Report on sanitation, dispensaries, and jails in Rajputana for 1914, and on vaccination for the year 1914-1915 - 1914-1915
Year: 1914
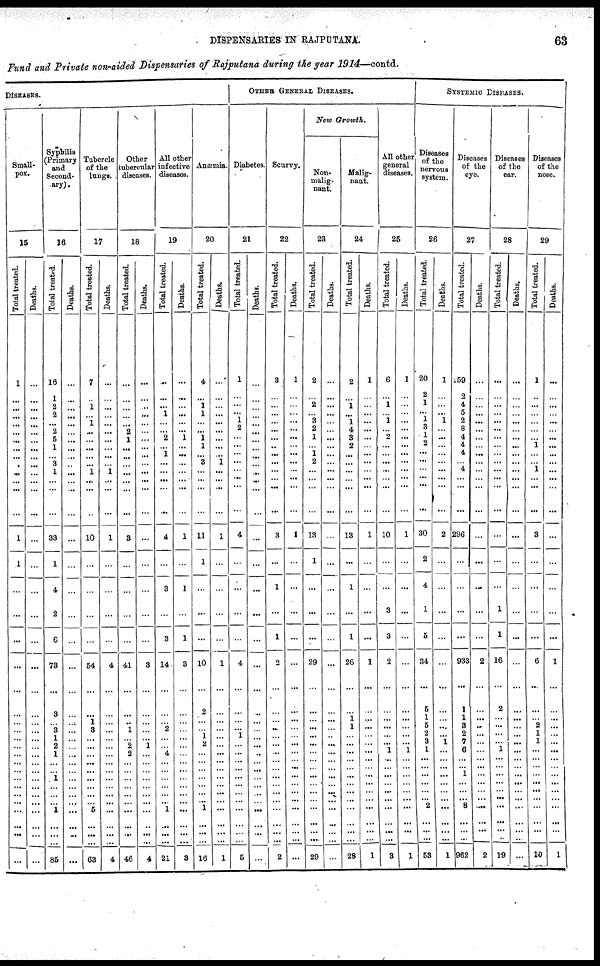
DISPENSARIES IN RAJPUTANA.
63
Fund and Private non-aided Dispensaries of Rajputana during the year 1914—contd.
DISESAES.
Small-
pox.
15
Total treated.
1
...
...
...
...
...
...
...
...
.
...
...
...
...
1
1
...
...
...
...
...
...
...
...
...
...
...
...
...
...
...
...
...
...
...
...
...
...
Deaths.
...
...
...
...
...
...
...
...
...
...
...
...
...
...
...
...
...
...
...
...
...
...
...
...
...
...
...
...
...
...
...
...
...
...
...
...
...
...
Syphilis
(Primary
and
Second-
ary).
16
Total treatrd.
16
1
2
2
...
2
5
1
... 3
1
...
...
...
33
1
4
2
6
73
...
3
...
3
1
2
1
...
...
1
...
...
...
1
...
...
...
85
Deaths.
...
...
...
...
...
...
...
...
...
...
...
...
...
...
...
...
...
...
...
...
...
...
...
...
...
...
...
...
...
...
...
...
...
...
...
...
...
...
Tubercle
of the
lunge.
17
Total treated.
7
...
1
...
1
...
...
...
...
...
1
...
...
...
10
...
...
...
...
54
...
...
1
8
...
...
...
...
...
...
...
...
...
5
...
...
...
63
Deaths.
...
...
...
...
...
...
...
...
...
...
1
...
...
...
1
...
...
...
...
4
...
...
...
...
...
...
...
...
...
...
...
...
...
...
...
...
...
4
Other
tubercular
diseases.
18
Total treated.
...
...
...
...
...
2
1
...
...
...
...
...
...
...
3
...
...
...
...
41
...
...
...
1
...
2
2
...
...
...
...
...
...
...
...
...
...
46
Deaths.
...
...
...
...
...
...
...
...
...
...
...
...
...
...
...
...
...
...
...
3
...
...
...
...
...
1
...
...
...
...
...
...
...
...
...
...
...
4
All other
infective
diseases.
19
Total treated.
...
...
...
1
...
...
2
...
1
...
...
...
...
...
4
...
3
...
3
14
...
...
...
2
...
...
4
...
...
...
...
...
...
1
...
...
...
21
Deaths.
...
...
...
...
...
...
1
...
...
...
...
...
...
...
1
...
1
...
1
3
...
...
...
...
...
...
...
...
...
...
...
...
...
...
...
...
...
3
Anæmia.
20
Total treated.
4
...
1
1
...
...
1
1
... 3
...
...
...
...
11
1
...
...
...
10
...
2
...
...
1
2
...
...
...
...
...
...
...
1
...
...
...
16
Deaths.
...
...
...
...
...
...
...
...
... 1
...
...
...
...
1
...
...
...
...
1
...
...
...
...
...
...
...
...
...
...
...
...
...
...
...
...
...
1
OTHER GENERAL DISEASES.
Diabetes.
21
Total treated.
1
...
...
...
1
2
...
...
...
...
...
...
...
...
4
...
...
...
...
4
...
...
...
...
1
...
...
...
...
...
...
...
...
...
...
...
...
5
Deaths.
...
...
...
...
...
...
...
...
...
...
...
...
...
...
...
...
...
...
...
...
...
...
...
...
...
...
...
...
...
...
...
...
...
...
...
...
...
...
Scurvy.
22
Total treated.
3
...
...
...
...
...
...
..
...
...
...
...
...
3
...
1
...
1
2
...
...
...
...
...
...
...
...
...
...
...
...
...
...
...
... ...
2
Deaths.
1
...
...
...
...
...
...
...
...
...
...
...
...
...
1
...
...
...
...
...
...
...
...
...
...
...
...
...
...
...
...
...
...
...
...
...
...
...
New
Growth.
Non-
malig-
nant.
23
Total treated.
2
...
2
...
3
2
1
...
1
2
...
...
...
...
13
1
...
...
...
29
...
...
...
...
...
...
...
...
...
...
...
...
...
...
...
...
...
29
Deaths.
...
...
...
...
...
...
...
...
...
...
...
...
...
...
...
...
...
...
...
...
...
...
...
...
..
...
...
...
...
...
...
...
...
...
...
...
...
...
Malig-
nant.
24
Total treated.
2
...
1
...
1
4
3
2
...
...
...
...
...
...
13
...
1
...
1
26
...
...
1
1
...
...
...
...
...
...
...
...
...
...
...
...
...
28
Deaths.
1
...
...
...
...
...
...
...
...
...
...
...
...
...
1
...
...
...
...
1
...
...
...
...
...
...
...
...
...
...
...
...
...
...
...
... ...
1
All other
general
diseases.
26
Total treated.
6
...
1
...
1
...
2
...
...
...
...
...
...
...
10
...
...
3
3
2
...
...
...
...
...
...
1
..
...
...
...
...
...
...
...
...
... 8
Deaths.
1
...
...
...
...
...
...
...
...
...
...
...
...
...
1
...
...
...
...
...
...
...
...
...
...
...
1
...
...
...
...
...
...
...
...
...
... 1
SYSTEMIC DISEASES.
Diseases
of the
nervous
system.
26
Total treated.
20
2
1
...
1
3
1
2
...
...
...
...
...
...
30
2
4
1
5
34
...
5
1
5
2
3
1
...
...
...
...
...
...
2
...
...
...
53
Deaths.
1
...
...
... 1
...
...
...
...
...
...
...
...
...
2
...
...
...
...
...
...
...
...
...
... 1
...
...
...
...
...
...
...
...
...
...
...
1
Discases
of the
eye.
27
Total treated.
59
2
4
5
2
8
4
4
4
...
4
...
...
...
296
...
...
...
...
933
...
1
1
3
2
7
6
...
...
1
...
...
...
8
...
...
...
962
Deaths.
...
...
...
...
...
...
...
...
...
...
...
...
...
...
...
...
...
...
...
2
...
...
... ...
...
...
...
...
...
...
...
...
...
...
...
...
...
2
Diseases
of the
ear.
28
Total treated.
...
...
...
...
...
...
...
...
...
...
...
...
...
...
...
...
...
1
1
16
...
2
...
...
...
...
1
...
...
...
...
...
...
...
...
...
...
19
Deaths.
...
...
...
...
...
...
...
...
...
...
...
...
...
...
...
...
...
...
...
...
...
...
...
...
...
...
...
...
...
...
...
...
...
...
...
...
...
...
Diseases
of the
nose.
29
Total treated.
1
...
...
...
...
...
...
1
...
...
1
...
...
...
3
...
...
...
...
6
...
...
... 2
1
1
...
...
...
...
...
...
...
...
...
...
...
10
Deaths.
...
...
...
...
...
...
...
...
...
...
...
...
...
...
...
...
...
...
...
1
...
...
...
...
...
...
...
...
...
...
...
...
...
...
...
1